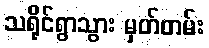
သရိုင်ရွာသွား မှတ်တမ်း